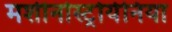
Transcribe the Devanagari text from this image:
मशीनोस्ट्रोयेनिया